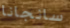
سانجانا